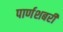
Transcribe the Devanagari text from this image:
पार्णशबरी